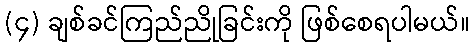
(၄) ချစ်ခင်ကြည်ညိုခြင်းကို ဖြစ်စေရပါမယ်။